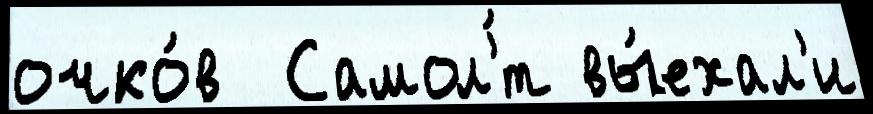
очко́в  Самол'́т вы́ехал'и